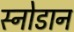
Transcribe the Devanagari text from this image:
स्नोडान